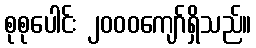
စုစုပေါင်း ၂၀၀၀ကျော်ရှိသည်။